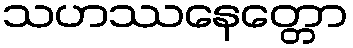
သဟဿနေတ္တော